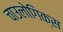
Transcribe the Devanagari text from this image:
चाउलोगिक्स